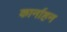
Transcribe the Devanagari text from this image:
कार्नाहन